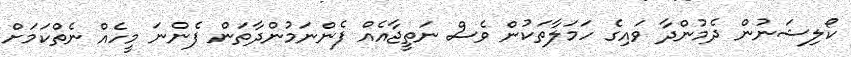
ކޯލިޝަނުން ދެމުންދާ ވައިގެ ހަމަލާތަކުން ވެސް ނަތީޖާއެއް ފެންނަމުންދާތަން ފެންނަ މީހެއް ނެތްކަމަށް